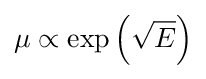
\mu \propto \exp \left({\sqrt {E}}\right)